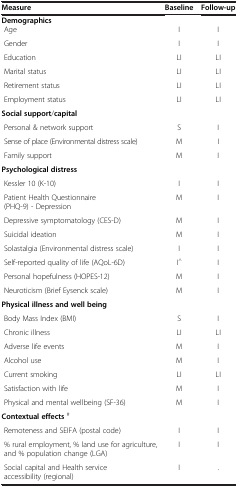
| Measure | Baseline | Follow-up |
 | Demographics |  |  |
 | --- | --- | --- |
 | Age | I | I |
 | Gender | I | I |
 | Education | LI | LI |
 | Marital status | LI | LI |
 | Retirement status | LI | LI |
 | Employment status | LI | LI |
 | Social support/capital |  |  |
 | Personal & network support | S | I |
 | Sense of place (Environmental distress scale) | M | I |
 | Family support | M | I |
 | Psychological distress |  |  |
 | Kessler 10 (K-10) | I | I |
 | Patient Health Questionnaire (PHQ-9) - Depression | M | I |
 | Depressive symptomatology (CES-D) | M | I |
 | Suicidal ideation | M | I |
 | Solastalgia (Environmental distress scale) | I | I |
 | Self-reported quality of life (AQoL-6D) | I^ | I |
 | Personal hopefulness (HOPES-12) | M | I |
 | Neuroticism (Brief Eysenck scale) | M | I |
 | Physical illness and well being |  |  |
 | Body Mass Index (BMI) | S | I |
 | Chronic illness | LI | LI |
 | Adverse life events | M | I |
 | Alcohol use | M | I |
 | Current smoking | LI | LI |
 | Satisfaction with life | M | I |
 | Physical and mental wellbeing (SF-36) | M | I |
 | Contextual effects # |  |  |
 | Remoteness and SEIFA (postal code) | I | I |
 | % rural employment, % land use for agriculture, and % population change (LGA) | I | I |
 | Social capital and Health service accessibility (regional) | I | . |